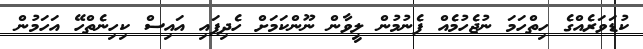
ކުޑަވަރެއްގެ ހިތްހަމަ ނުޖެހުމެއް ފެނުމުން ލީވާން ނޫންކަމަށް ހެދިފައި އައިސް ކިހިނެތްހޭ އަހަމުން